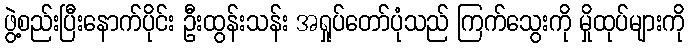
ဖွဲ့စည်းပြီးနောက်ပိုင်း ဦးထွန်းသန်း အရှုပ်တော်ပုံသည် ကြက်သွေးကို မှိုထုပ်များကို